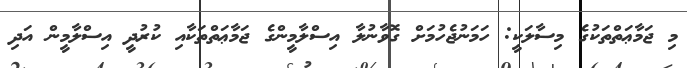
މި ޖަމާޢަތްތަކުގެ މިސާލަކީ: ހަމަނުޖެހުމަށް ގޮވާނުލާ އިސްލާމީންގެ ޖަމާޢަތްތަކާއި ކުރުދީ އިސްލާމީން އަދި